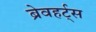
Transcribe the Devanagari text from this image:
ब्रेवहर्ट्स